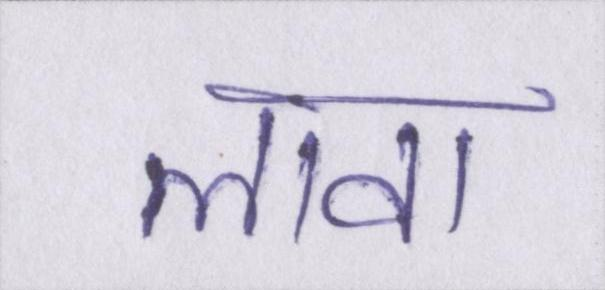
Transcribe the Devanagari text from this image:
लावा